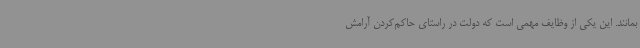
بمانند. این یکی از وظایف مهمی است که دولت در راستای حاکم‌کردن آرامش